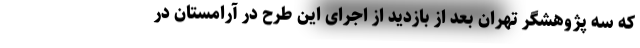
که سه پژوهشگر تهران بعد از بازدید از اجرای این طرح در آرامستان در